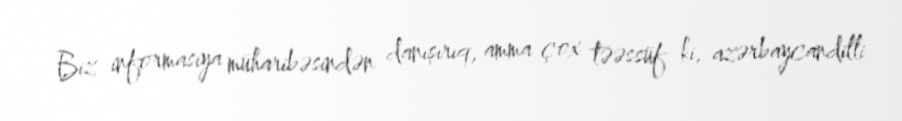
Biz informasiya müharibəsindən danışırıq, amma çox təəssüf ki, azərbaycandilli